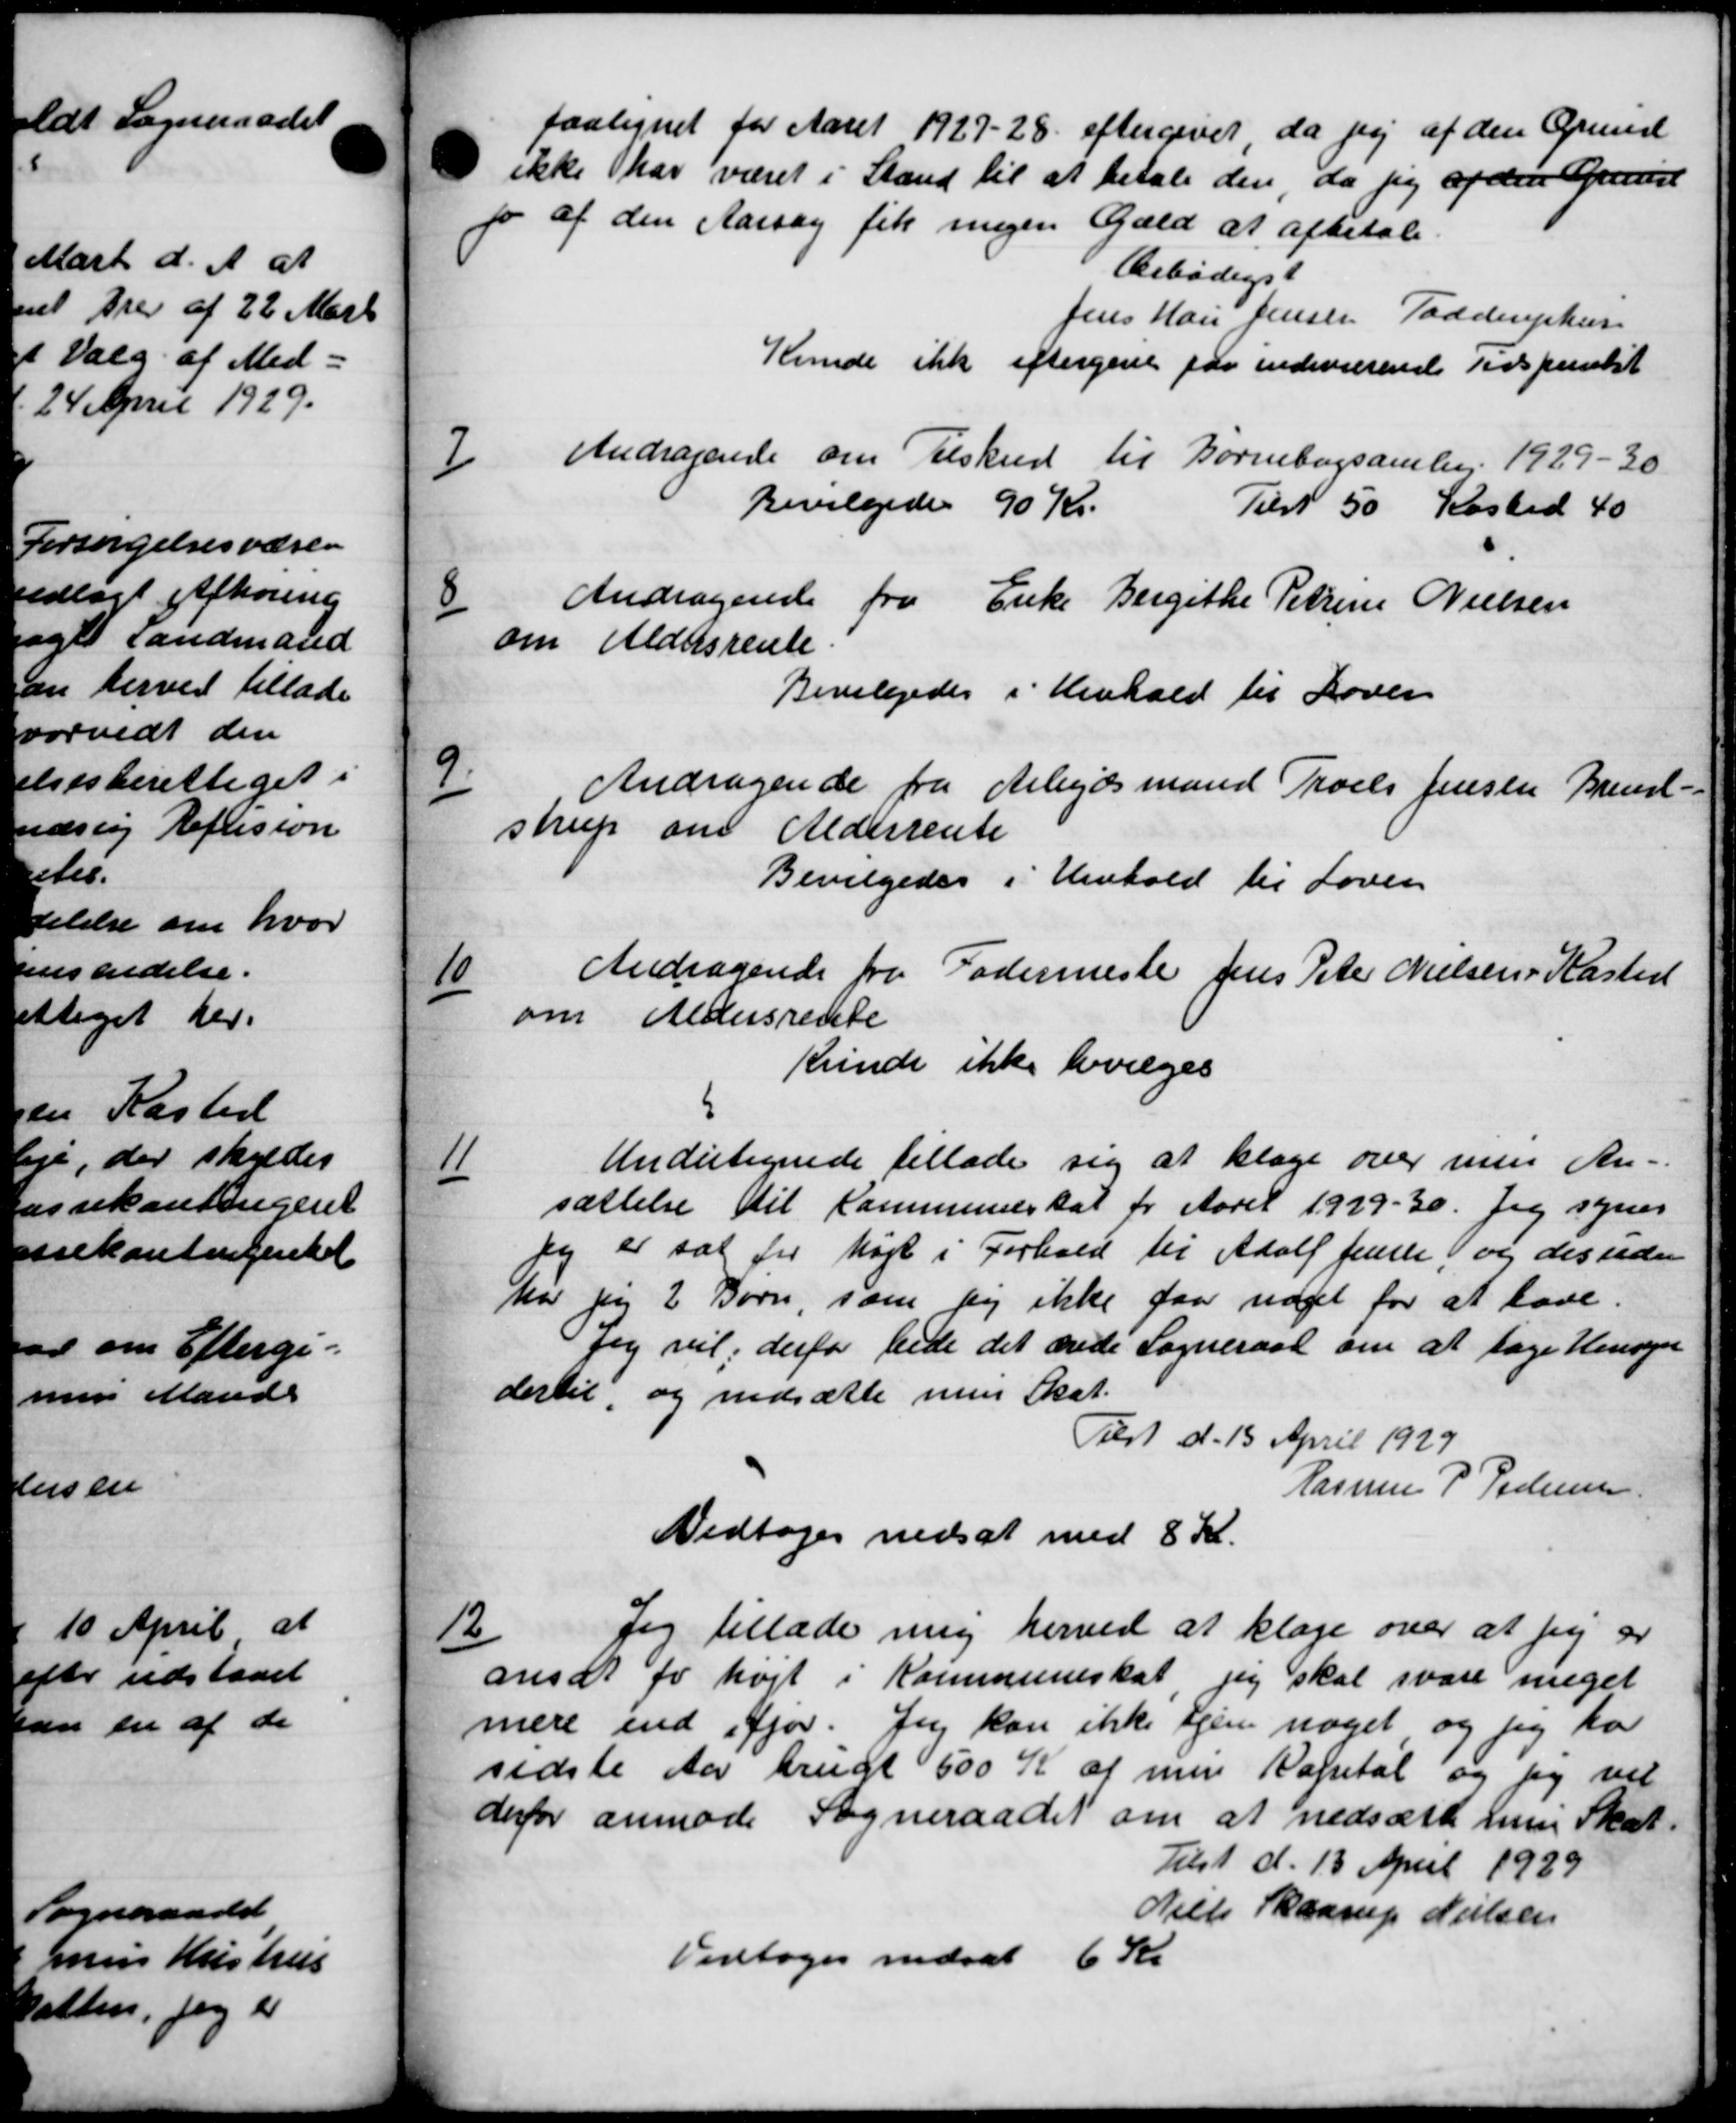
Transskription:
paalignet for Aaret 1927-28 eftergivet da jeg af den Grund
ikke har været i Stand til at betale den da jeg af den Grund
o af den Aarsag fik nogen Gæld at afbetale.
Brbødigst
Jens Han Jensen Toddruphun
Kunde ikke eftergive paa indeværende Tidspunkt
7
Andragende om Tilskud til Børnebogsamling 1929-30
Bevilgedes 90 Kr.
Tilst 50 Kasted 40
8
Andragende fra Enke Bergethe Petrine Nielsen
om Aldersrente.
Bevilgedes i Henhold til Loven
9
Andragende fra Arbejdsmand Troels Jensen Brend-
strup om Alderrente
Bevilgedes i Henhold til Loven
10
Andragende fra Fodermeste Jens Peter Nielsens Kasted
om Aldersrente
Krinde ikke bevæges
11
Undertegnede tillade sig at klage over men An-
sættelse til Kommuneskat for Aaret 1929-30. Jeg synes
jeg er sat for højt i Forhold til Adolf Jense og des uden
har jeg 2 Børn, som sig ikke faa noget for at have.
jeg vil, derfor bede det ærede Sogneraad om at tage Hensyn
dertil, og nedsætte men Skat.
Tilst d. 15 April 1929
Rasmus P. Pedersen
Vedtoges nedsat med 8 Kr.
12
Jeg tillade mig herved at klage over at jeg er
ansat for højt i Kommuneskat jeg skal svare meget
mere end ifjor. Jeg kan ikke tjen noget, og jeg ha
sidste Aar brugt 500 Kr af men Kapital og jeg vil
derfor anmode Sogneraadet om at nedsætte hun Skat.
Tilst d. 13 April 1929
Niels Skaarup Nielsen
Vedtoges nedsat 6 Kr